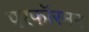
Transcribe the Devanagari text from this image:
परफॉरमर